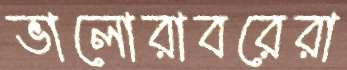
ভালোরাবরেরা